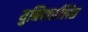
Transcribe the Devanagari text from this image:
युनिवार्सलिस